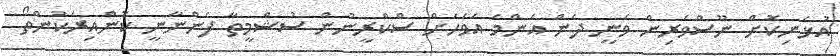
އުޅެނިކޮށް ނޫސްވެރިން ވަނީ ދެން އެންމެ އަވަހަށް ސްކްރީނުން ސުޝްމީތާ ފެންނާނީ ކޮންއިރަކުންތޯ